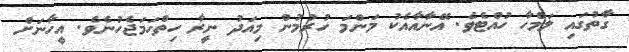
ގާތުގައި ލަމްހާ ހުއްޓެވެ. އޭނާއާއެކު މަންމަ ހުރުމުން މިއަދު ނީރާ ހިތްހަމަޖެހުނެވެ. އީހާނަށް